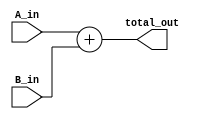
module Adder_32_Bits(total_out, A_in, B_in);
	parameter n = 32;
	output [n-1:0] total_out;
	input [n-1:0] A_in, B_in;
	
	assign total_out = A_in + B_in;
endmodule